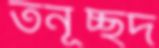
তনূচ্ছদ